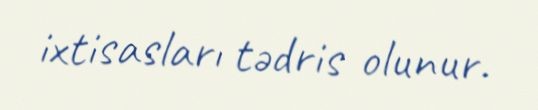
ixtisasları tədris olunur.